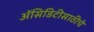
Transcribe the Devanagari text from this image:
अॅसिडिटीसाठीचे